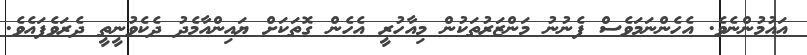
އައުމުންނެވެ. އެހެންނަމަވެސް ފެނުނު މަންޒަރުތަކުން މިއާހުރީ އެހެން ގޮތަކަށް ޔައިންއާމެދު ދެކެވުނީތީ ދެރަވެފައެވެ.